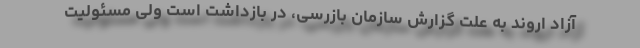
آزاد اروند به علت گزارش سازمان بازرسی، در بازداشت است ولی مسئولیت